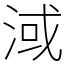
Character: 淢